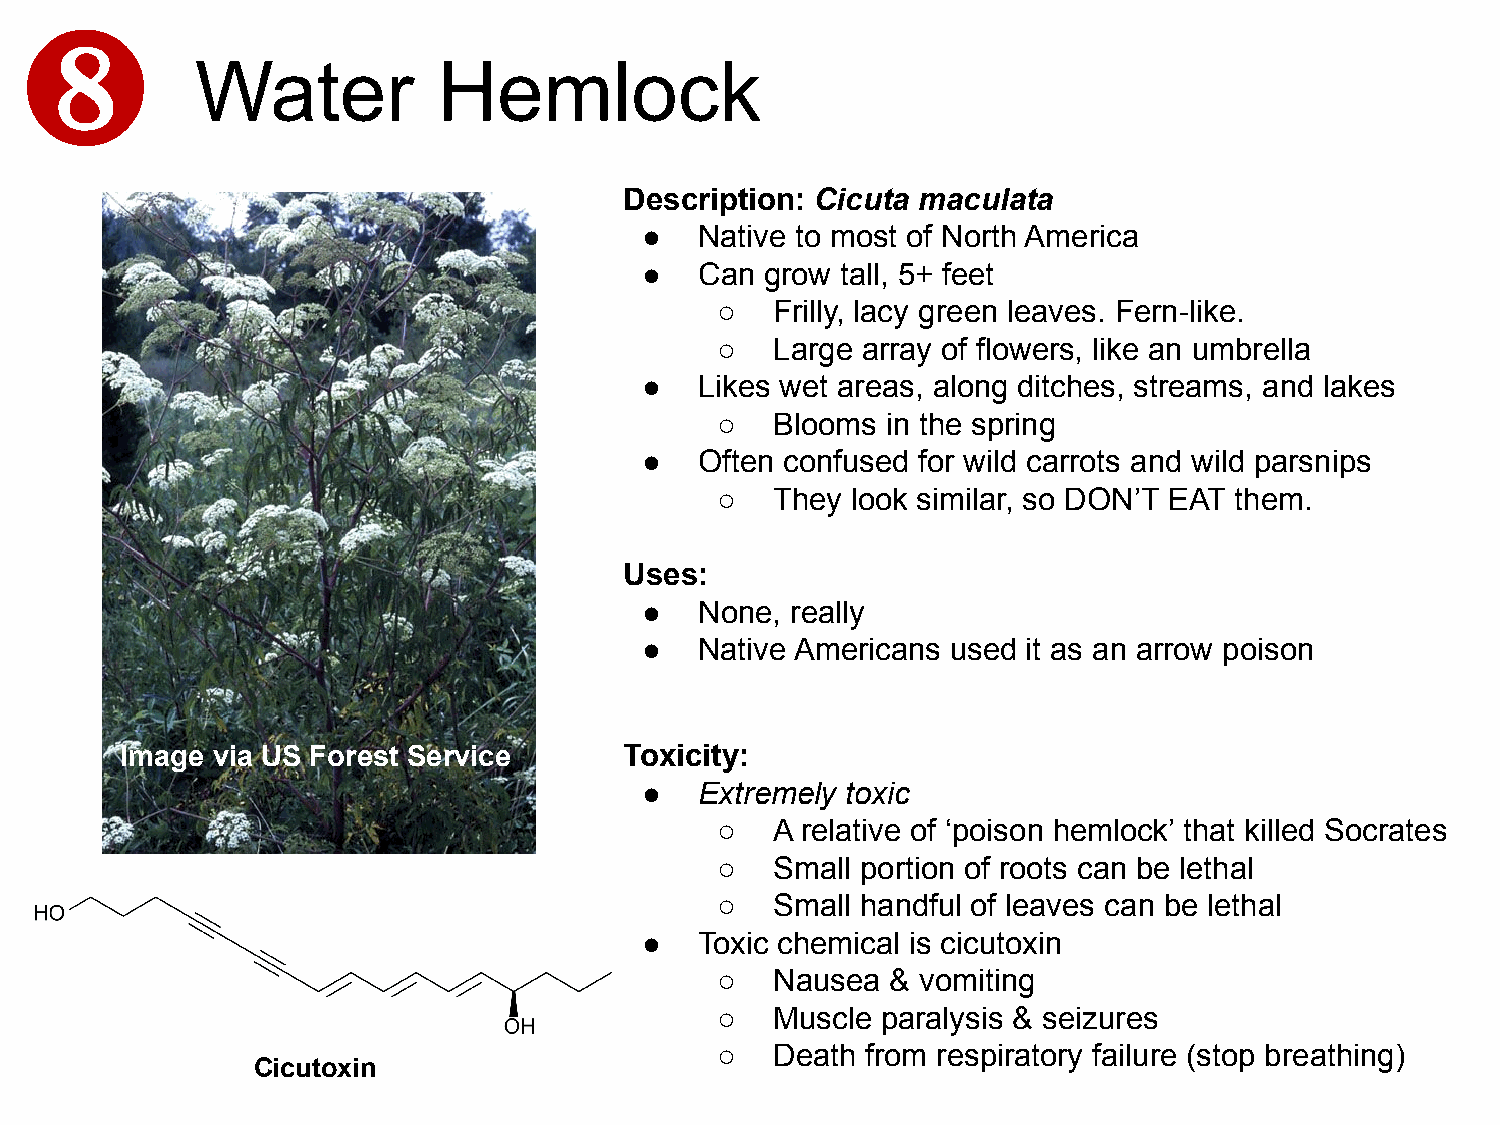
Water           Hemlock
 Description: Cicuta maculata
 ●   Native to most of North America
 ●   Can  grow tall, 5+ feet
 ○   Frilly, lacy green leaves. Fern-like.
 ○   Large array of flowers, like an umbrella
 ●   Likes wet areas, along ditches, streams, and lakes
 ○   Blooms  in the spring
 ●   Often confused for wild carrots and wild parsnips
 ○   They look similar, so DON’T EAT them.
 Uses:
 ●   None, really
 ●   Native Americans used it as an arrow poison
 Image via US Forest Service      Toxicity:
 ●   Extremely toxic
 ○   A relative of ‘poison hemlock’ that killed Socrates
 ○   Small portion of roots can be lethal
 ○   Small handful of leaves can be lethal
 ●   Toxic chemical is cicutoxin
 ○   Nausea  & vomiting
 ○   Muscle paralysis & seizures
 ○   Death from respiratory failure (stop breathing)
 Cicutoxin
 ❽